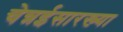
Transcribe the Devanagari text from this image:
चेन्नईसारख्या